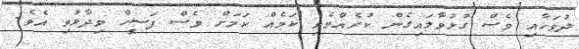
ދުވަހާއި ވެސް ގުޅުވާލައިގެން ކުރެއްވެވި ކަމެއް ކަމަށް ވެސް ފަސީހް ވިދާޅުވި އެވެ.